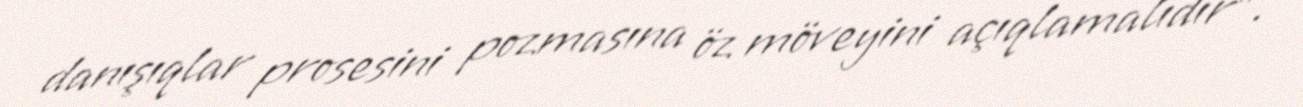
danışıqlar prosesini pozmasına öz möveyini açıqlamalıdır”.